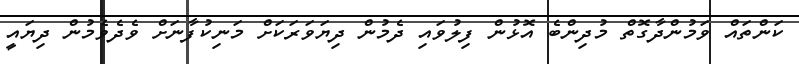
ކަންތައް ވަމުންދާގޮތް މުދިންބެ އޮޅުން ފިލުވައި ދެމުން ދިޔަވަރަކަށް މަނިކުފާނަށް ވެދެވެމުން ދިޔައީ